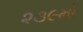
૨૩૯મો